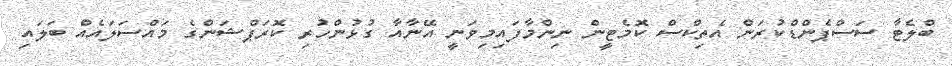
ބްލެޓާ ސަސްޕެންޑްކުރަން އެތިކްސް ކޮމެޓީން ނިންމާފައިމިވަނީ އޭނާއާ ގުޅުންހުރި ކޮރަޕްޝަންގެ މައްސަލައެއް ބަލައި